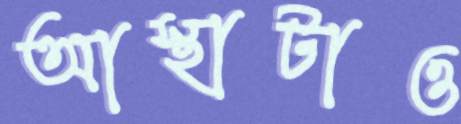
আস্থাটাও